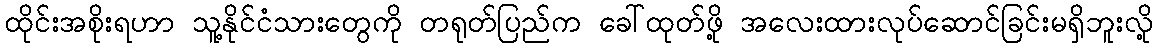
ထိုင်းအစိုးရဟာ သူ့နိုင်ငံသားတွေကို တရုတ်ပြည်က ခေါ်ထုတ်ဖို့ အလေးထားလုပ်ဆောင်ခြင်းမရှိဘူးလို့